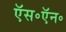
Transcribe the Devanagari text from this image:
ऍस॰ऍन॰